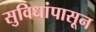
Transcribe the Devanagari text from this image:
सुविधांपासून